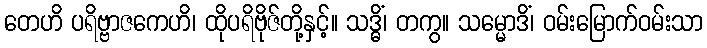
တေဟိ ပရိဗ္ဗာဇကေဟိ၊ ထိုပရိဗိုဇ်တို့နှင့်။ သဒ္ဓိံ၊ တကွ။ သမ္မောဒိံ၊ ဝမ်းမြောက်ဝမ်းသာ